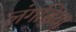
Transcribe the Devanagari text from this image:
लंगड़िया